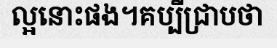
ល្អនោះផង។គប្បីជ្រាបថា